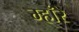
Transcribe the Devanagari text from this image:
म्हाँरे